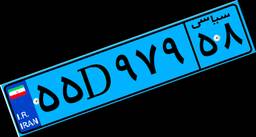
۱۱D۳۰۵۳۳